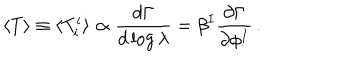
\langle T \rangle \equiv \langle T _ { i } ^ { i } \rangle \propto { \frac { d \Gamma } { d \log \lambda } } = \beta ^ { I } { \frac { \partial \Gamma } { \partial \phi ^ { I } } } \, .